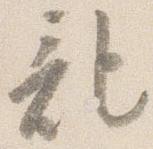
記